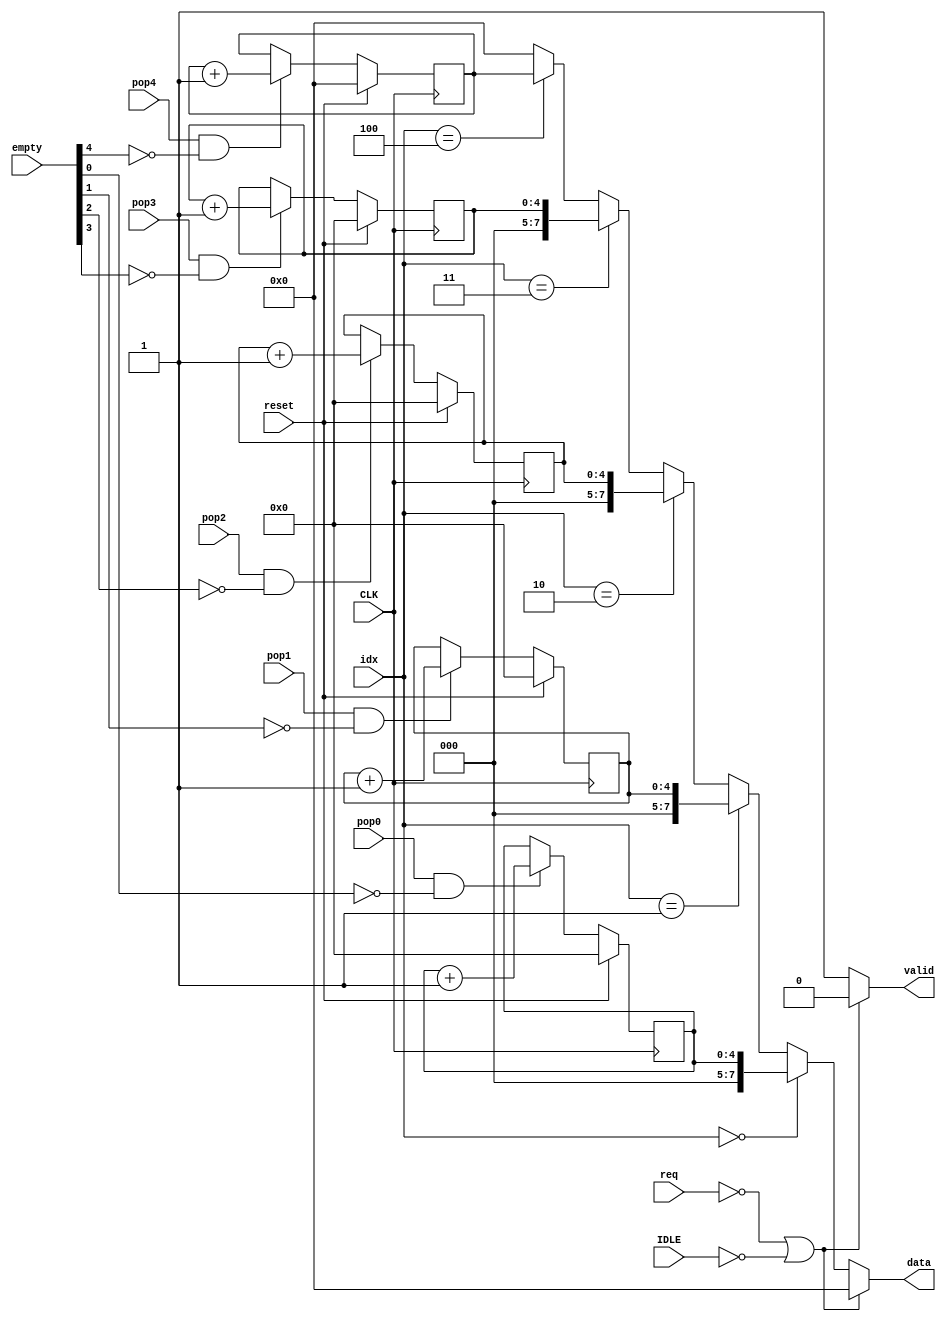
module contadores( 
    input CLK, 
    /* 
    Cada pop est asociado a un FIFO. pop4 = El pop del fifo amarillo de abajo,
    horizontal. pop0-3, son los pops que se le hacen a los 4 fifos de arriba 
    (FFO-3).  
    */
    input pop4, pop0, pop1, pop2, pop3,                      
    input req,
    input IDLE,
    input [2:0] idx,
    input reset,
    input [4:0] empty, 
    /* 
    Solo se va a leer un contador a la vez, segn el index lo indique.
    data es el reg por el que se va a sacar el cntFF de inters.  
    */
    output reg [7:0] data,
    output reg valid);
    /* 
    cntFF = Counter FIFO = Da la cuenta de las palabras que salen de ese FIFO.
    (FIFOS azules de derecha a izquierda).
    */   
    reg [7:0] cntFF4;   
    reg [4:0] cntFF0;   
    reg [4:0] cntFF1;   
    reg [4:0] cntFF2;
    reg [4:0] cntFF3; 

    always @(*) begin
        if (!req || !IDLE) begin    
            valid = 0;
            data = 5'b0;  
        end
        else begin
            valid = 1;
            if (idx == 3'b000) begin
                data = cntFF0;
            end 
            else if (idx == 3'b001) begin
                data = cntFF1;
            end 
            else if (idx == 3'b010) begin
                data = cntFF2;
            end
            else if (idx == 3'b011) begin
                data = cntFF3;
            end  
            else if (idx == 3'b100) begin
                data = cntFF4;
            end
            else begin
                data = 5'b0;
            end
        end
    end
    always @(posedge CLK)begin
        if(!reset) begin
            if(pop4 && !empty[4]) begin               // contador de fifoin
                cntFF4 <= cntFF4 + 1;
            end
            if(pop0 && !empty[0]) begin
                cntFF0 <= cntFF0 + 1;
            end
            if(pop1 && !empty[1]) begin
                cntFF1 <= cntFF1 + 1;
            end
            if(pop2 && !empty[2]) begin
                cntFF2 <= cntFF2 + 1;
            end
            if(pop3 && !empty[3]) begin
                cntFF3 <= cntFF3 + 1;
            end
        end
        else begin
            cntFF4 = 5'b0;
            cntFF0 = 5'b0;
            cntFF1 = 5'b0;
            cntFF2 = 5'b0;
            cntFF3 = 5'b0;
        end
    end
endmodule